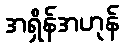
အရှိန်အဟုန်